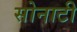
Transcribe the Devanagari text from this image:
सोनाटी